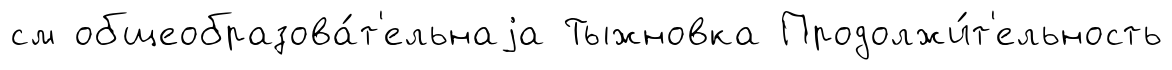
см общеобразова́т'ельнаjа Тыжновка Продолжи́т'ельность